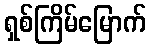
ရှစ်ကြိမ်မြောက်